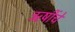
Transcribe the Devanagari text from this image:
ऋषींचें